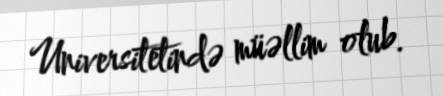
Universitetində müəllim olub.